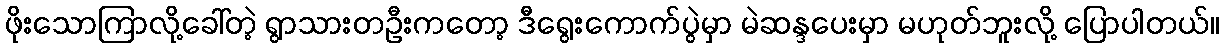
ဖိုးသောကြာလို့ခေါ်တဲ့ ရွာသားတဦးကတော့ ဒီရွေးကောက်ပွဲမှာ မဲဆန္ဒပေးမှာ မဟုတ်ဘူးလို့ ပြောပါတယ်။